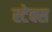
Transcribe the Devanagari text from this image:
स्टेक्स